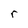
Character: r